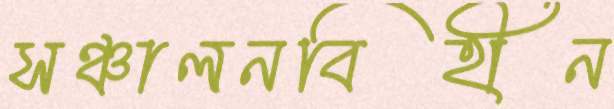
সঞ্চালনবিহীন